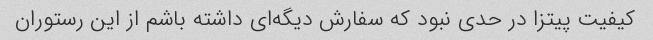
کیفیت پیتزا در حدی نبود که سفارش دیگه‌ای داشته باشم از این رستوران